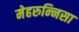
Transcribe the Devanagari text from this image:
मेहरुन्‍निसा